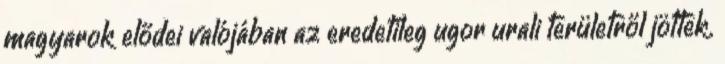
magyarok elődei valójában az eredetileg ugor urali területről jöttek.